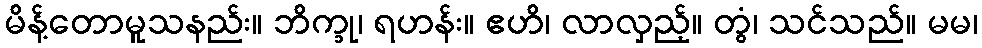
မိန့်တောမူသနည်း။ ဘိက္ခု၊ ရဟန်း။ ဧဟိ၊ လာလှည့်။ တွံ၊ သင်သည်။ မမ၊